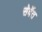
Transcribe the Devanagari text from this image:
सेर्वेत